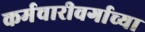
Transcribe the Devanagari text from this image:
कर्मचारीवर्गाच्या